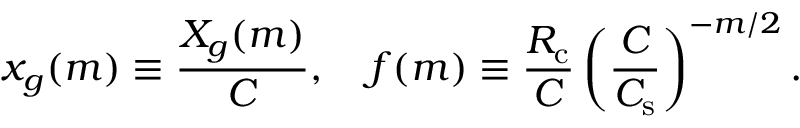
x _ { g } ( m ) \equiv \frac { X _ { g } ( m ) } { C } , ~ ~ ~ f ( m ) \equiv \frac { R _ { \mathrm { c } } } { C } \left( \frac { C } { C _ { \mathrm { s } } } \right) ^ { - m / 2 } .